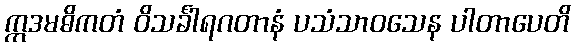
ဣဒမဓိကတံ ဝိသင်္ခါရဂတာနံ ပသံသာဝသေန ပါတာပေတိ